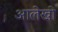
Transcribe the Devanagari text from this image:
आलेखो